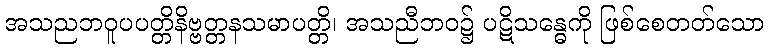
အသညဘဝူပပတ္တိနိဗ္ဗတ္တနသမာပတ္တိ၊ အသညီဘဝ၌ ပဋိသန္ဓေကို ဖြစ်စေတတ်သော